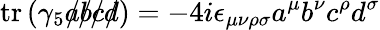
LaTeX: \operatorname{tr}\left(\gamma_{5}{a\! \! \! /}{b\! \! \! /}{c\! \! \! /}{d\! \! \! /}\right)=-4i\epsilon_{\mu\nu\rho\sigma}a^{\mu}b^{\nu}c^{\rho}d^{\sigma}